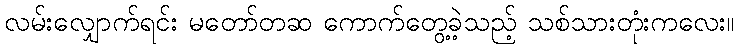
လမ်းလျှောက်ရင်း မတော်တဆ ကောက်တွေ့ခဲ့သည့် သစ်သားတုံးကလေး။